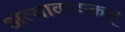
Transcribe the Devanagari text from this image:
अत्यावश्यकश्